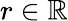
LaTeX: r\in\mathbb{R}